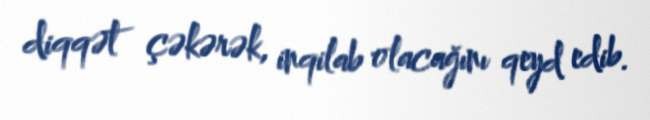
diqqət çəkərək, inqilab olacağını qeyd edib.